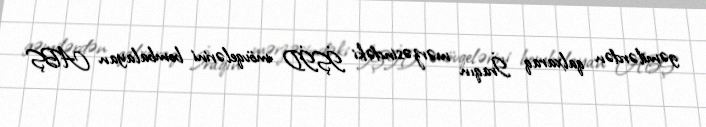
gəmilərdən qalxaraq İraqın mərzəsindəki İŞİD mövqelərini bombalayan ABŞ